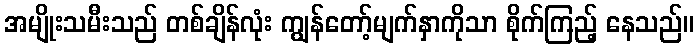
အမျိုးသမီးသည် တစ်ချိန်လုံး ကျွန်တော့်မျက်နှာကိုသာ စိုက်ကြည့် နေသည်။